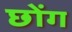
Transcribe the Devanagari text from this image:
छोंग